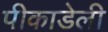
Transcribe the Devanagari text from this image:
पीकाडेली